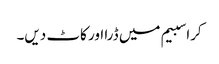
کراسبیم میں ڈرا اور کاٹ دیں۔